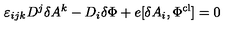
\varepsilon _ { i j k } D ^ { j } \delta A ^ { k } - D _ { i } \delta \Phi + e [ \delta A _ { i } , \Phi ^ { \mathrm { c l } } ] = 0